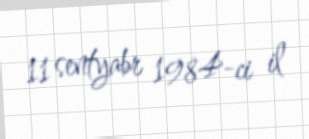
11 sentyabr 1984-ci il